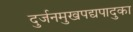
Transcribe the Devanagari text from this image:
दुर्जनमुखपद्यपादुका